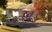
બડ